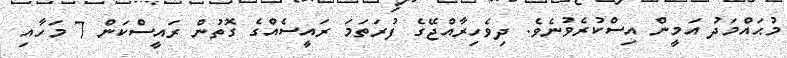
މުޙައްމަދު އަމީން އިސްކުރެވުނެވެ. ދިވެހިރާއްޖޭގެ ފުރަތަމަ ރައީސެއްގެ ގޮތުން ރައީސްކަން 7 މަހާއި